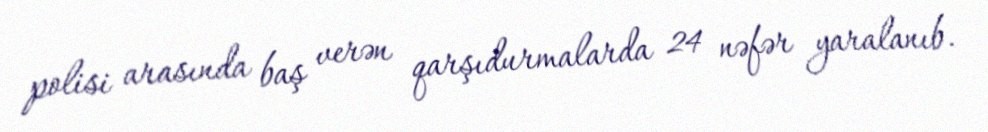
polisi arasında baş verən qarşıdurmalarda 24 nəfər yaralanıb.